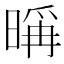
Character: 𣉁